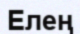
Елең